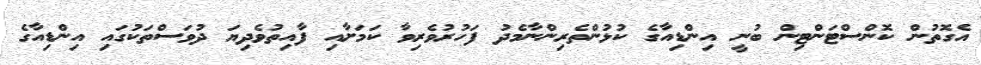
އެގޮތުން ކޮންސްޓަންޓިން ބުނީ އިންޑިއާގެ ކުޅުންތެރިންނާމެދު ފަހުރުވެރިވާ ކަމަށާއި ފާއިތުވެދިޔަ ދުވަސްތަކުގައި އިންޑިއާގެ